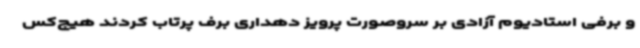
و برفی استادیوم آزادی بر سروصورت پرویز دهداری برف پرتاب کردند هیچ‌کس